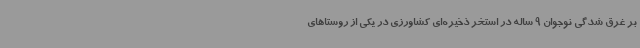
بر غرق شدگی نوجوان 9 ساله در استخر ذخیره‌ای کشاورزی در یکی از روستاهای